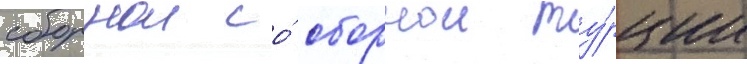
сборнои со́ сборнои ту́рции